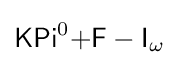
{\mathsf {KPi}}^{0}{\mathsf {+F-I}}_{\omega }